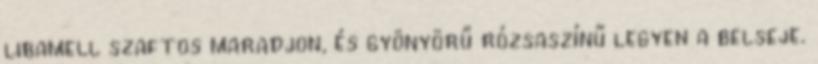
libamell szaftos maradjon, és gyönyörű rózsaszínű legyen a belseje.